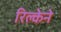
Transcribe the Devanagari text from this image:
रिल्केने